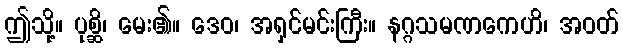
ဤသို့။ ပုစ္ဆိ၊ မေး၏။ ဒေဝ၊ အရှင်မင်းကြီး။ နဂ္ဂသမဏကေဟိ၊ အဝတ်